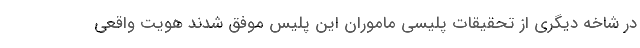
در شاخه دیگری از تحقیقات پلیسی ماموران این پلیس موفق شدند هویت واقعی